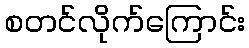
စတင်လိုက်ကြောင်း